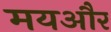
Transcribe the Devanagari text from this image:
मयऔर